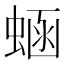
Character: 蜬